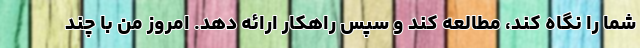
شما را نگاه کند، مطالعه کند و سپس راهکار ارائه دهد. امروز من با چند